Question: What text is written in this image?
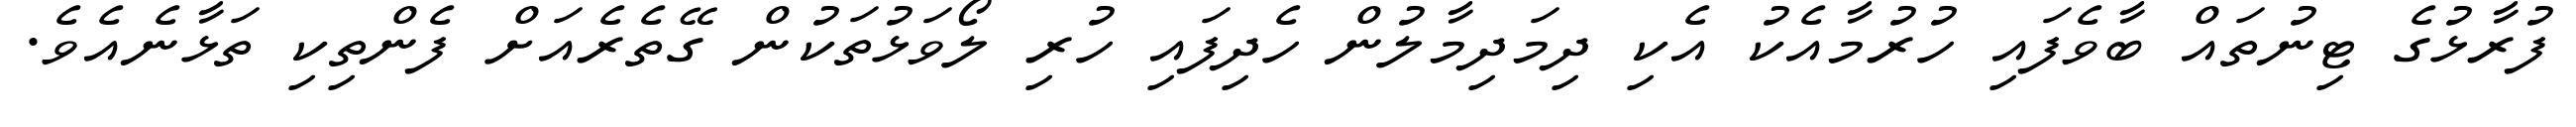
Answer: ފުރާޅުގެ ޓިނުތައް ބާވެފައި ހުރުމާއެކު އެކި ދިމަދިމާލުން ހެދިފައި ހުރި ލޯވަޅުތަކުން ގޭތެރެއަށް ފެންތިކި ތަޅާނެއެވެ.